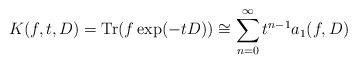
LaTeX: \begin{align*}K(f,t,D)={\rm Tr}(f\exp (-tD))\cong \sum_{n=0}^\infty t^{n-1} a_1 (f,D)\end{align*}